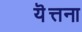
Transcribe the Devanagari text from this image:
यॆत्तना